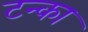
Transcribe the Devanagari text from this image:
टन्का